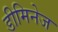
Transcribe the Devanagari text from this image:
डीमिनेज